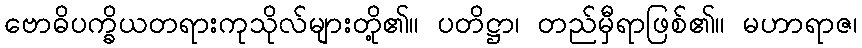
ဗောဓိပက္ခိယတရားကုသိုလ်များတို့၏။ ပတိဋ္ဌာ၊ တည်မှီရာဖြစ်၏။ မဟာရာဇ၊